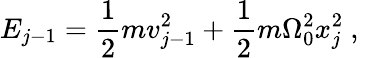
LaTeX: E_{j-1}=\frac{1}{2}mv_{j-1}^{2}+\frac{1}{2}m\Omega_{0}^{2}x_{j}^{2}\mathrm{~,~}